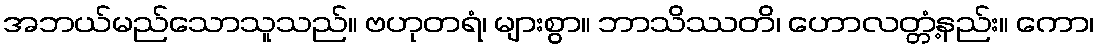
အဘယ်မည်သောသူသည်။ ဗဟုတရံ၊ များစွာ။ ဘာသိဿတိ၊ ဟောလတ္တံ့နည်း။ ကော၊